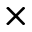
\times